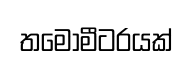
තමෝමීටරයක්